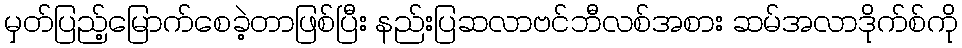
မှတ်ပြည့်မြောက်စေခဲ့တာဖြစ်ပြီး နည်းပြဆလာဗင်ဘီလစ်အစား ဆမ်အလာဒိုက်စ်ကို